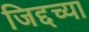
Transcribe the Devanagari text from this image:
जिद्दच्या